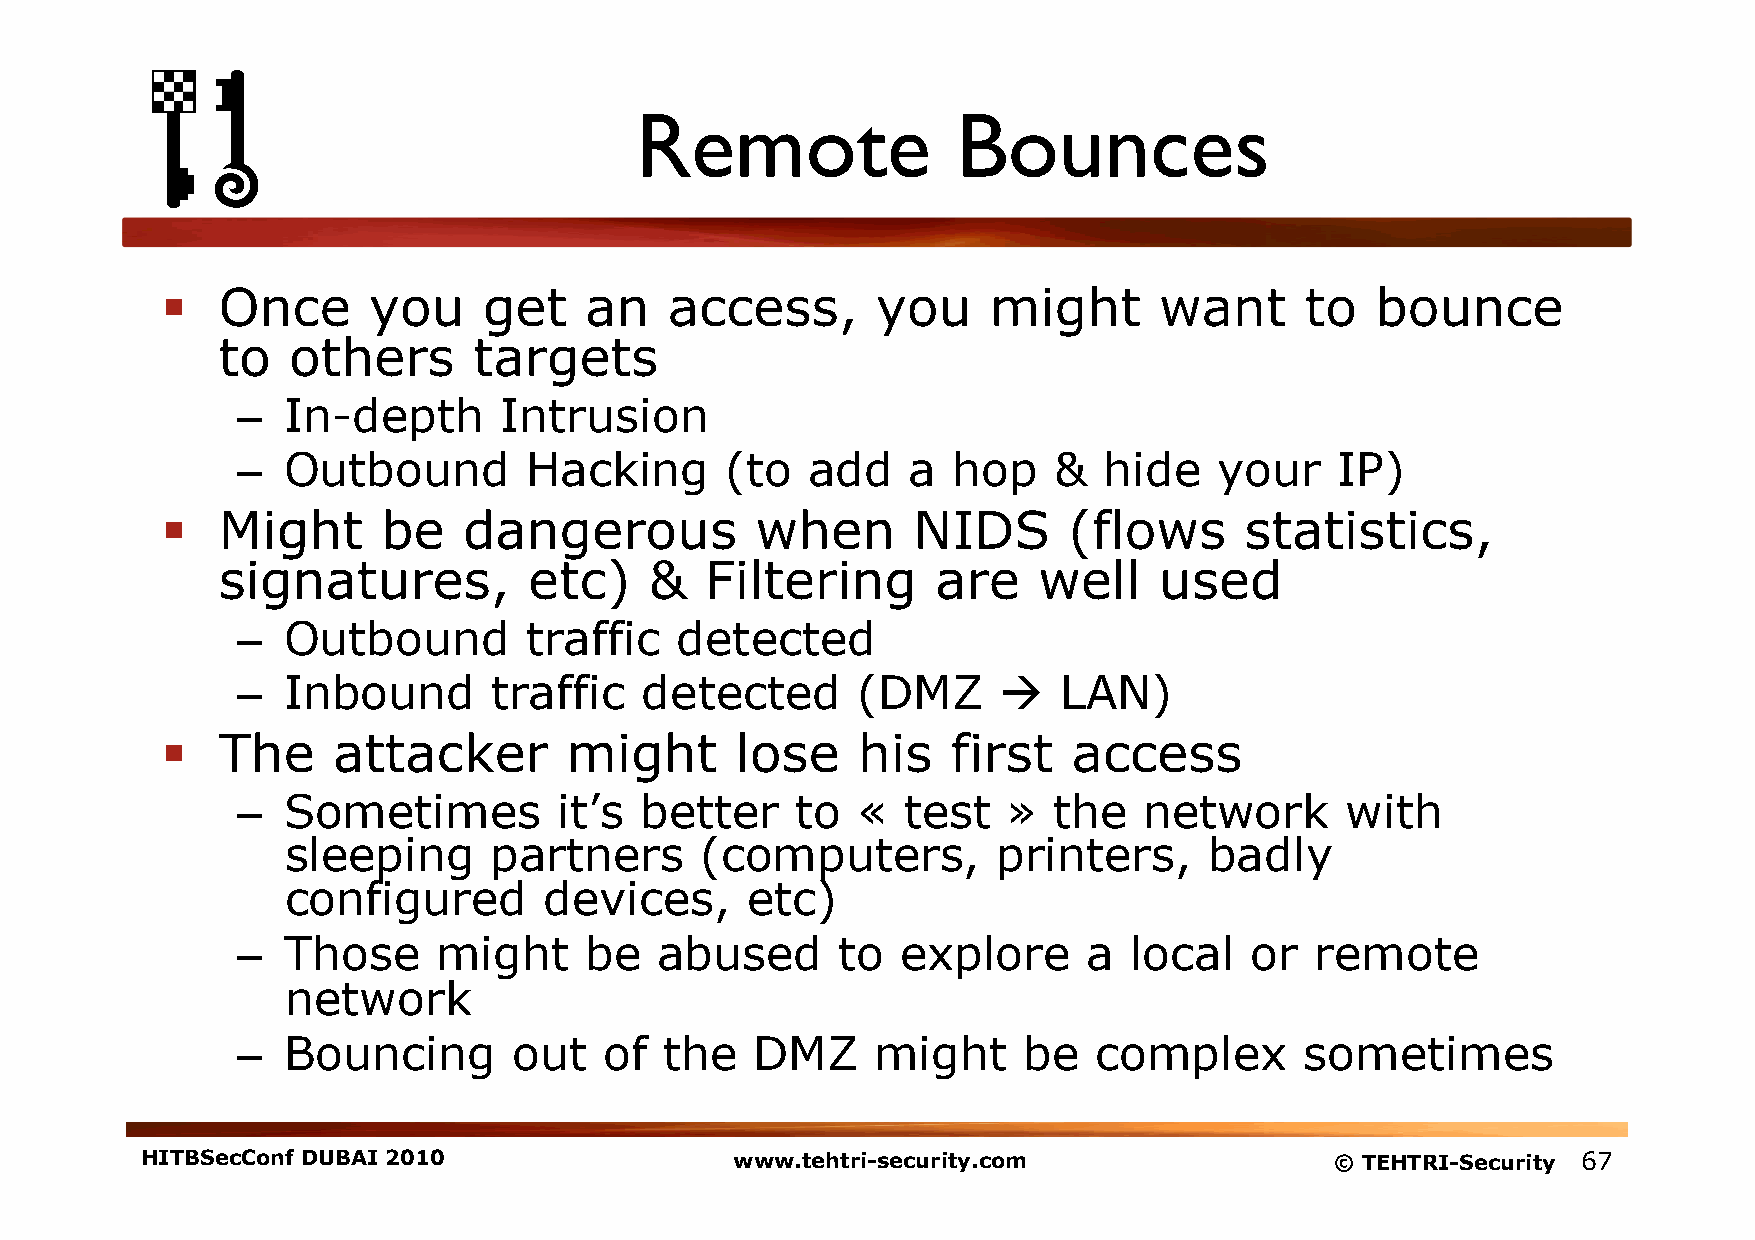
Remote               Bounces
   Once      you     get    an   access,       you    might       want     to   bounce
 to   others      targets
 –  In-depth      Intrusion
 –  Outbound        Hacking      (to   add   a  hop    &  hide    your    IP)
   Might      be    dangerous          when      NIDS       (flows     statistics,
 signatures,          etc)    &   Filtering      are    well    used
 –  Outbound        traffic   detected
 –  Inbound       traffic  detected       (DMZ        LAN)
   The     attacker       might       lose    his   first   access
 –  Sometimes         it’s better     to  «  test   »  the   network      with
 sleeping      partners     (computers,         printers,     badly
 configured       devices,     etc)
 –  Those     might     be   abused     to   explore     a  local   or  remote
 network
 –  Bouncing       out   of  the   DMZ     might     be   complex      sometimes
 HITBSecConf DUBAI 2010                  www.tehtri-security.com                © TEHTRI-Security 67